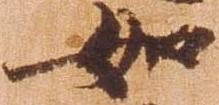
如